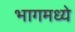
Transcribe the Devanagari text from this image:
भागमध्ये